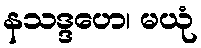
နသဒ္ဒဟေ၊ မယုံ